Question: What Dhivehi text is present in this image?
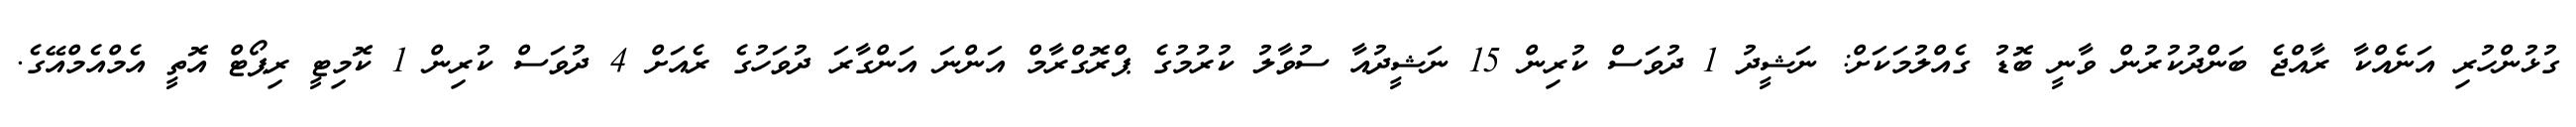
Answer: ގުޅުންހުރި އަނެއްކާ ރާއްޖެ ބަންދުކުރުން ވާނީ ބޮޑު ގެއްލުމަކަށް: ނަޝީދު 1 ދުވަސް ކުރިން 15 ނަޝީދުއާ ސުވާލު ކުރުމުގެ ޕްރޮގްރާމް އަންނަ އަންގާރަ ދުވަހުގެ ރެއަށް 4 ދުވަސް ކުރިން 1 ކޮމިޓީ ރިޕޯޓް އޮތީ އެމްއެމްއޭގެ.